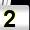
Digit: 2